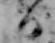
日